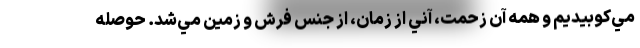
مي‌كوبيديم و همه آن زحمت، آني از زمان، از جنس فرش و زمين مي‌شد. حوصله